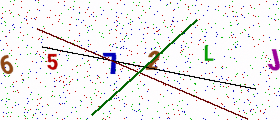
Text: 6572LJ